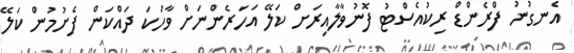
އެނގުނު ފްރެންޑް ރިކުއެސްޓު ފޮނުވާލާއިރަށް ކަލޭ އަހަރެންނަށް ވާހަކަ ދައްކަން ފެށުމުން ކަލޭ